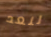
لنعد